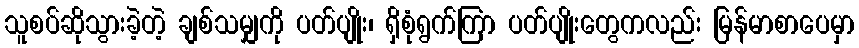
သူစပ်ဆိုသွားခဲ့တဲ့ ချစ်သမျှကို ပတ်ပျိုး၊ ရှိစုံရွက်ကြာ ပတ်ပျိုးတွေကလည်း မြန်မာစာပေမှာ